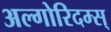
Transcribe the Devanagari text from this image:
अल्गोरिदम्स्